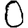
Digit: 0